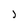
Character: j